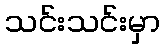
သင်းသင်းမှာ